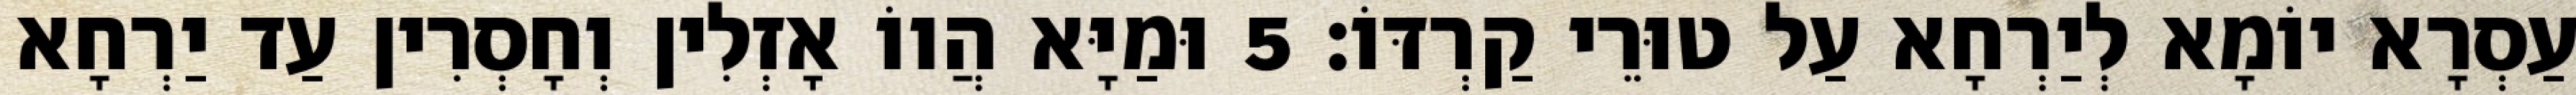
עַסְרָא יוֹמָא לְיַרְחָא עַל טוּרֵי קַרְדּוֹ׃ 5 וּמַיָּא הֲווֹ אָזְלִין וְחָסְרִין עַד יַרְחָא